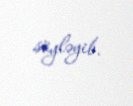
söyləyib.